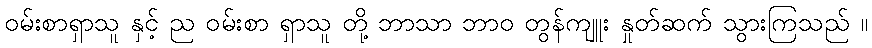
ဝမ်းစာရှာသူ နှင့် ည ဝမ်းစာ ရှာသူ တို့ ဘာသာ ဘာဝ တွန်ကျူး နှုတ်ဆက် သွားကြသည် ။